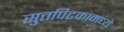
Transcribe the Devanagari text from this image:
सुत्तपिटकामध्ये